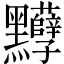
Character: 𪓈